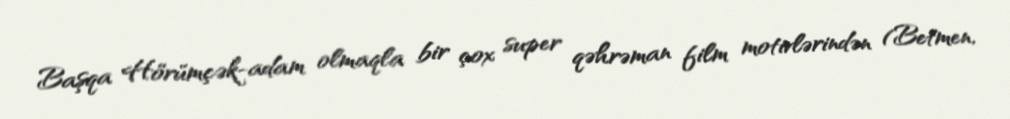
Başqa Hörümçək-adam olmaqla bir çox super qəhrəman film motivlərindən (Betmen,